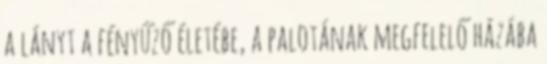
a lányt a fényűző életébe, a palotának megfelelő házába